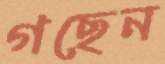
গছেন